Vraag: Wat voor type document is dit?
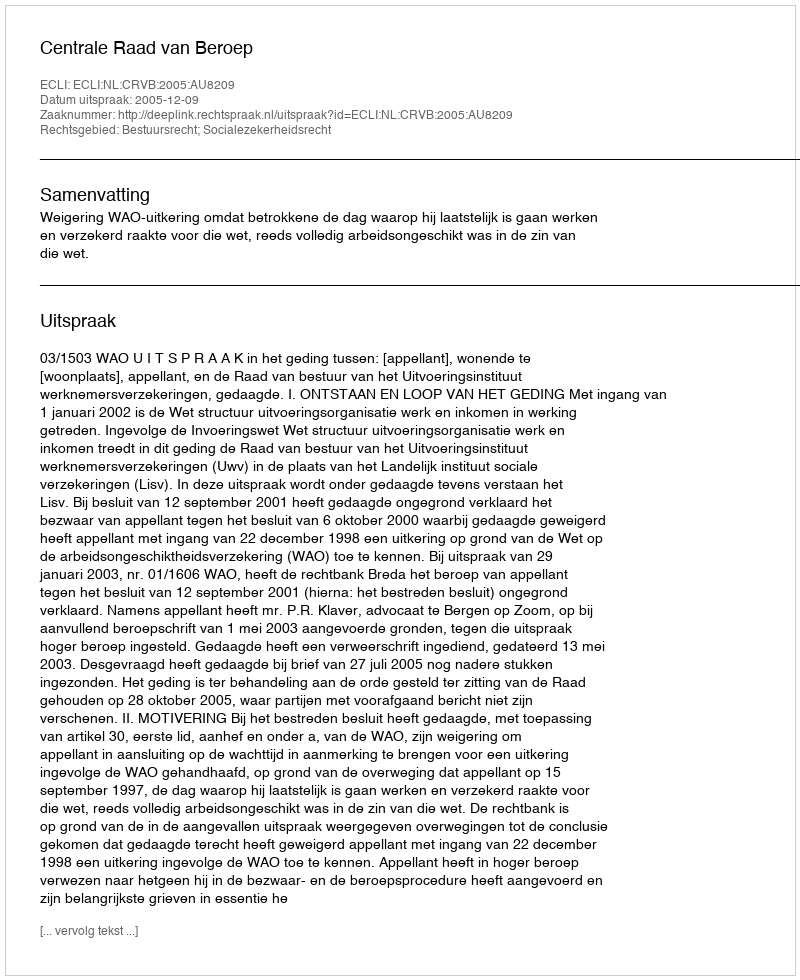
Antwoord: Uitspraak